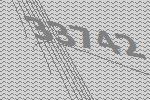
33742